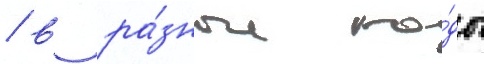
/ в ра́зные го́ды